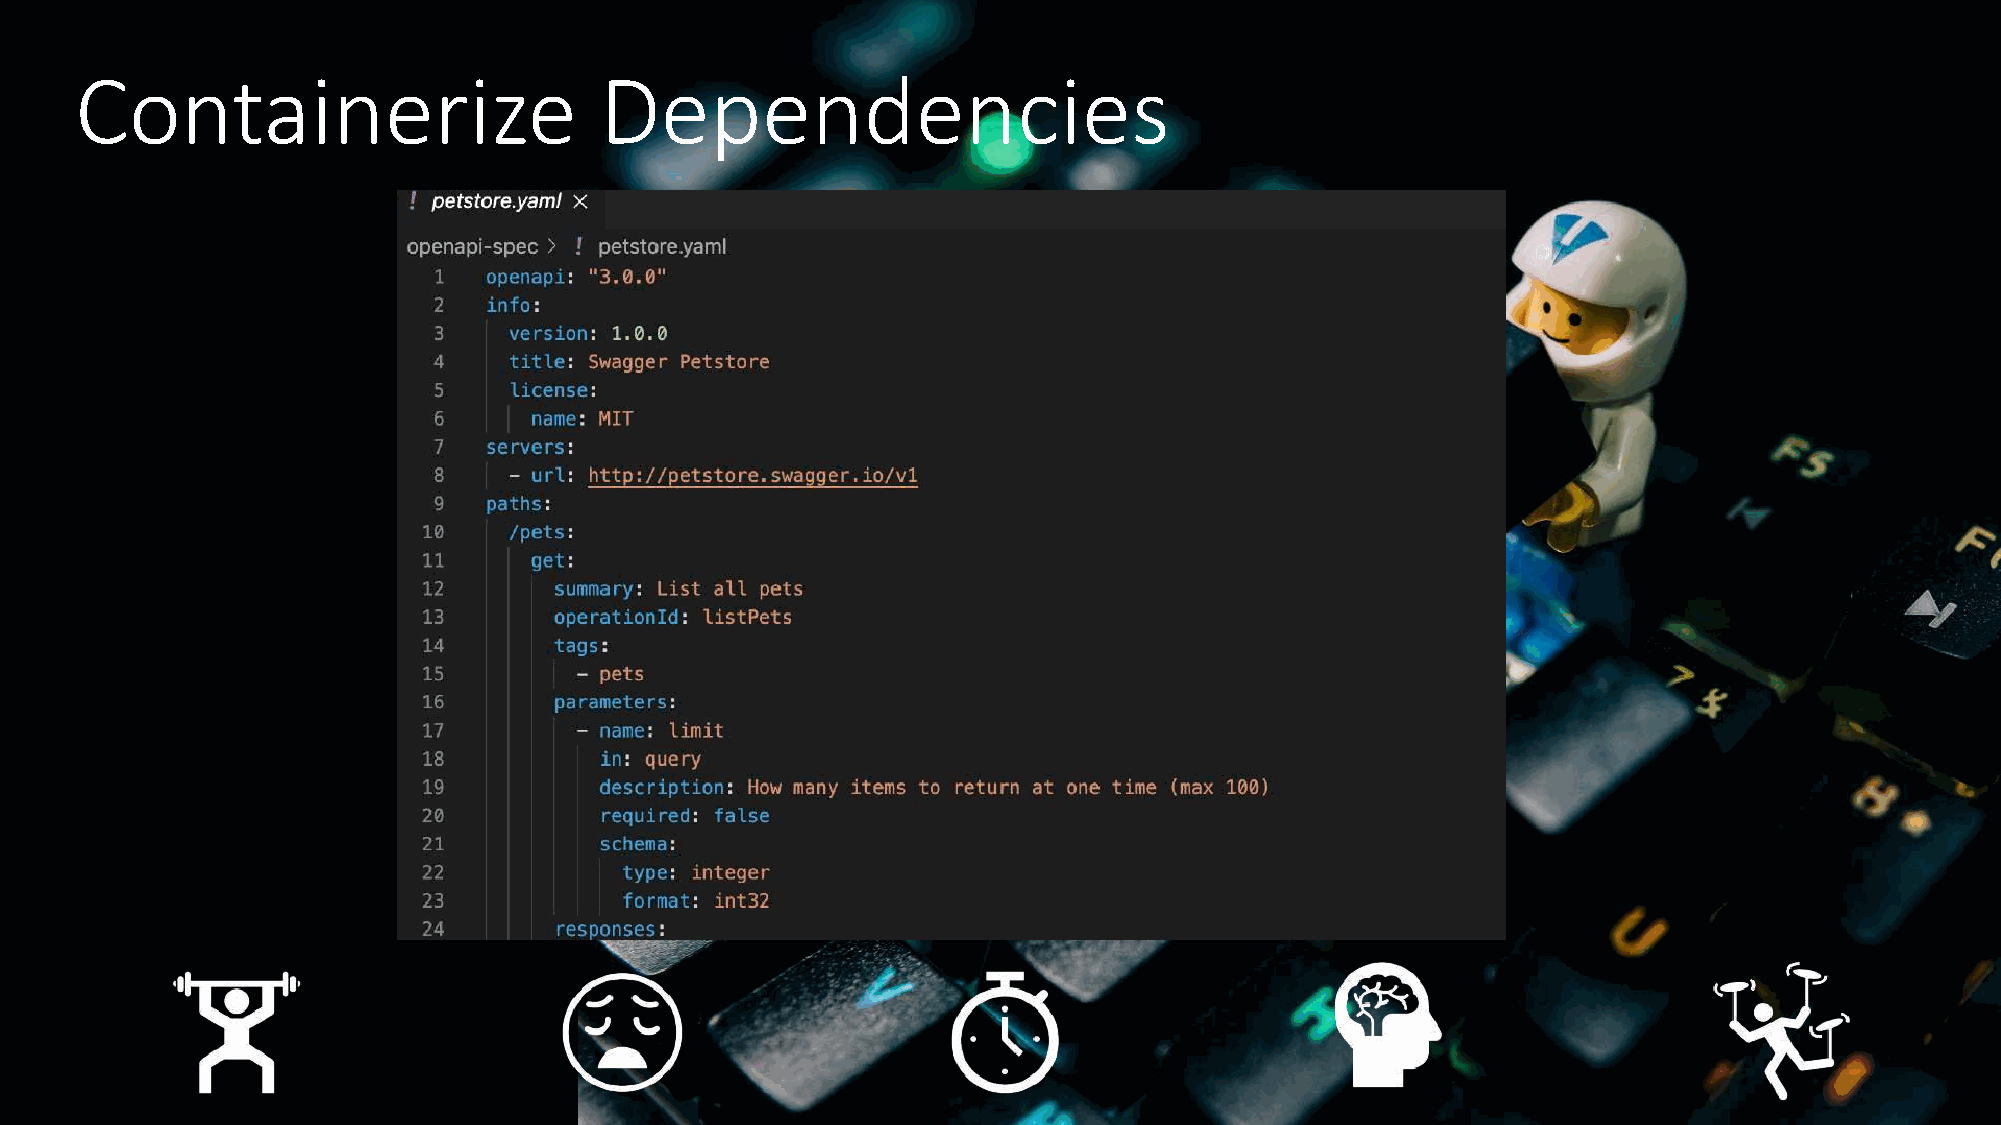
Containerize                       Dependencies